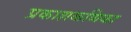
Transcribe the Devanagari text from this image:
प्रकाशकणिका